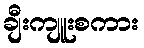
ချီးကျူးစကား